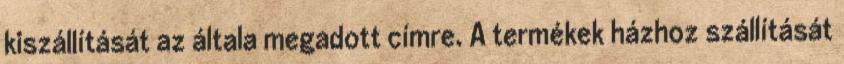
kiszállítását az általa megadott címre. A termékek házhoz szállítását